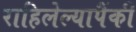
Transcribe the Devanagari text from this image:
राहिलेल्यापैंकी